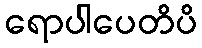
ရောပါပေတိပိ